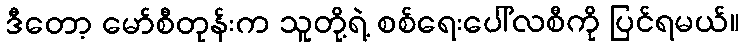
ဒီတော့ မော်စီတုန်းက သူတို့ရဲ့ စစ်ရေးပေါ်လစီကို ပြင်ရမယ်။